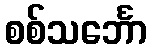
စစ်သင်္ဘော